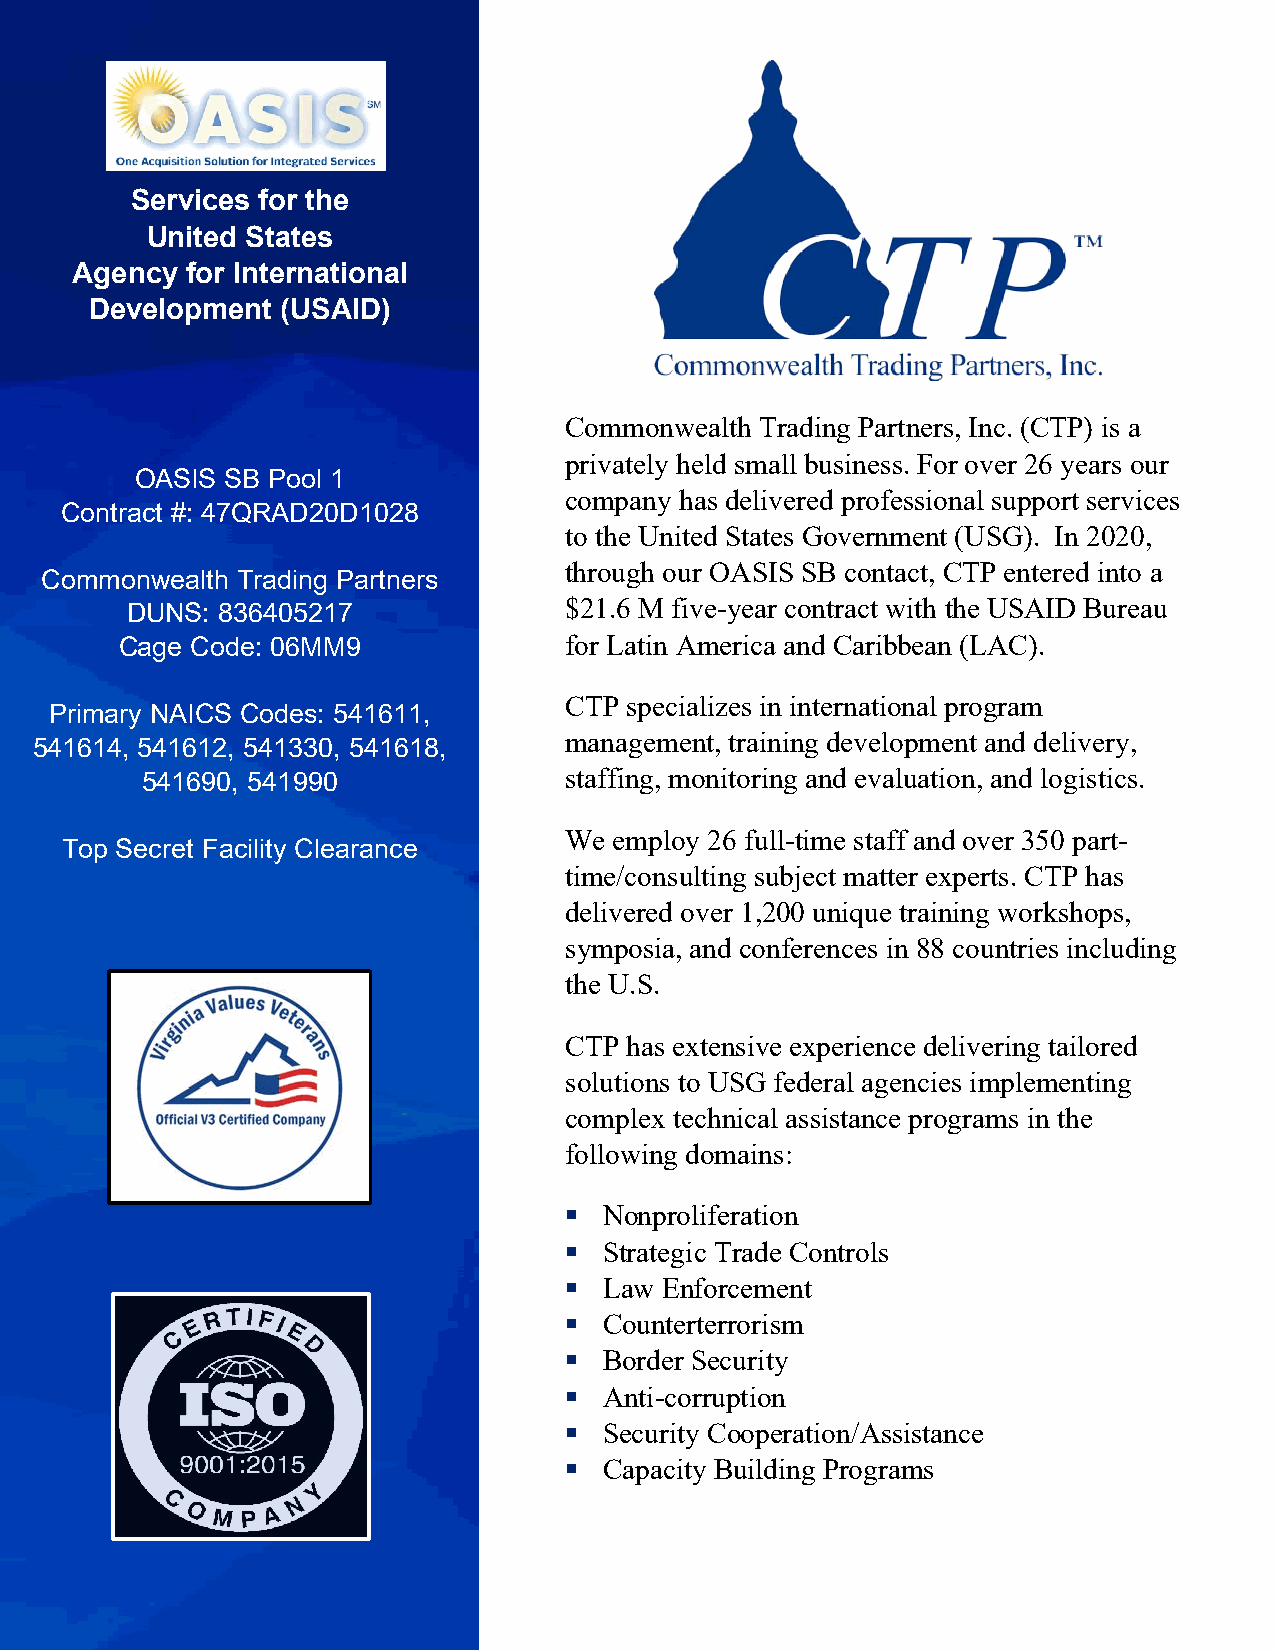
Services for the
 United States
 Agency for International
 Development  (USAID)
 Commonwealth Trading Partners, Inc. (CTP) is a
 privately held small business. For over 26 years our
 OASIS SB Pool 1
 company has delivered professional support services
 Contract #: 47QRAD20D1028
 to the United States Government (USG). In 2020,
 Commonwealth Trading Partners
 through our OASIS SB contact, CTP entered into a
 DUNS: 836405217              $21.6 M five-year contract with the USAID Bureau
 Cage Code: 06MM9             for Latin America and Caribbean (LAC).
 CTP specializes in international program
 Primary NAICS Codes: 541611,
 541614, 541612, 541330, 541618,
 management, training development and delivery,
 541690, 541990              staffing, monitoring and evaluation, and logistics.
 We  employ 26 full-time staff and over 350 part-
 Top Secret Facility Clearance
 time/consulting subject matter experts. CTP has
 delivered over 1,200 unique training workshops,
 symposia, and conferences in 88 countries including
 the U.S.
 CTP has extensive experience delivering tailored
 solutions to USG federal agencies implementing
 complex technical assistance programs in the
 following domains:
   Nonproliferation
   Strategic Trade Controls
   Law Enforcement
   Counterterrorism
   Border Security
   Anti-corruption
   Security Cooperation/Assistance
   Capacity Building Programs